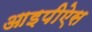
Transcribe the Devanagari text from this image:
आइपीऐस